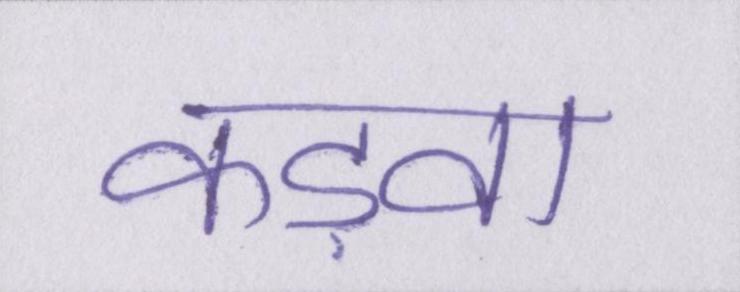
कड़वा